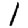
Digit: 1